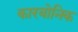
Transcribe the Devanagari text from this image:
कारबोनिक